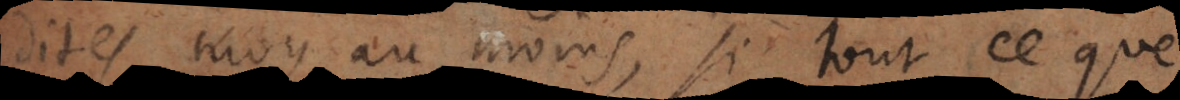
dites moy au moins, si tout ce que